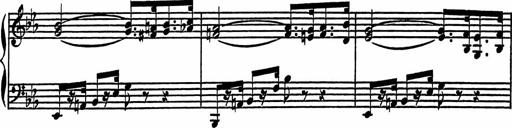
Title: 4 Piano Sonatinas
Composer: Adam Geibel